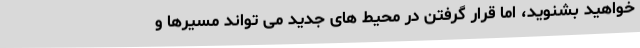
خواهید بشنوید، اما قرار گرفتن در محیط های جدید می تواند مسیرها و